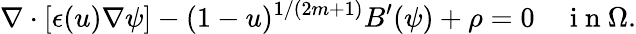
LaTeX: \nabla\cdot[\epsilon(u)\nabla\psi]-(1-u)^{1/(2m+1)}B^{\prime}(\psi)+\rho=0\quad\mathrm{~i~n~}\Omega.